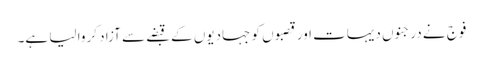
فوج نے درجنوں دیہات اور قصبوں کو جہادیوں کے قبضے سے آزاد کروا لیا ہے۔